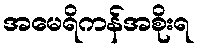
အမေရိကန်အစိုးရ